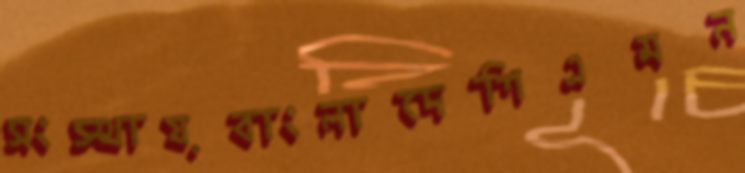
সংস্থায়বাংলাদেশিএমন